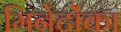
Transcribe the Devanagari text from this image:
मिनेटोंका